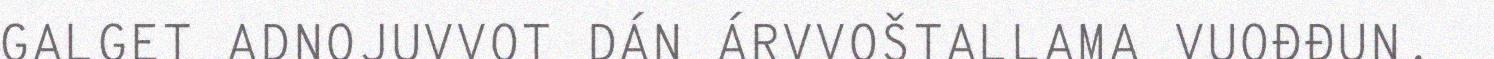
GALGET ADNOJUVVOT DÁN ÁRVVOŠTALLAMA VUOĐĐUN.